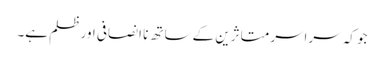
جو کہ سراسر متاثرین کے ساتھ نا انصافی اور ظلم ہے۔